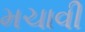
મચાવી